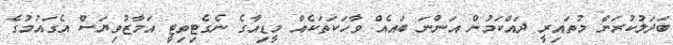
ބަދަލުކުރަން މުތައިރީ ދައްކަމުން އަންނަ ބައެއް ވާހަކަތަކެއް މީޑިއާގެ ނެގެޓިވިޓީ އަމާޒުވިޔަސް އެގައުމުގެ